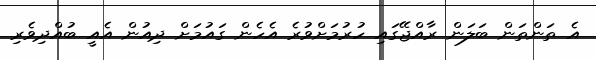
އެ ތަންތަން ބަލަން ރާއްޖޭގައި ހުރުމަށްވުރެ އެހެން ގައުމަށް ދިއުން އެއީ ބުއްދިވެރި